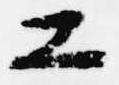
工